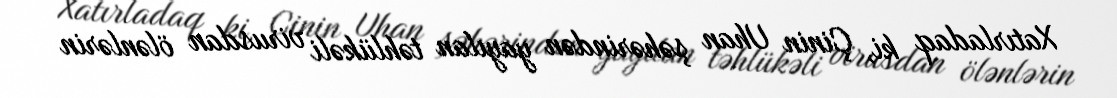
Xatırladaq ki, Çinin Uhan şəhərindən yayılan təhlükəli virusdan ölənlərin